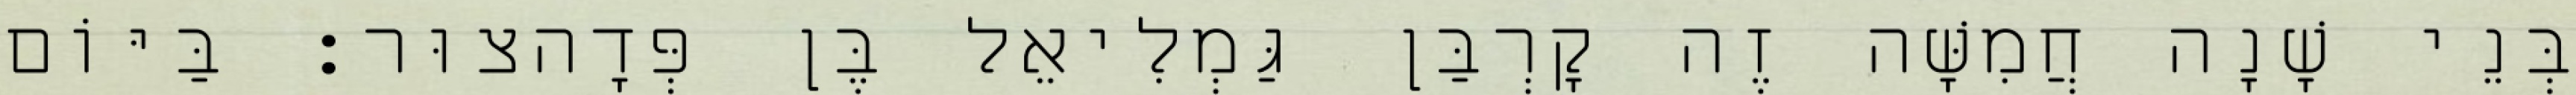
בְּנֵי שָׁנָה חֲמִשָּׁה זֶה קָרְבַּן גַּמְלִיאֵל בֶּן פְּדָהצוּר׃ בַּיּוֹם